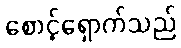
စောင့်ရှောက်သည်